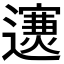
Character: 𨘄